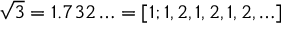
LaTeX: { \sqrt { 3 } } = 1 . 7 3 2 \ldots = [ 1 ; 1 , 2 , 1 , 2 , 1 , 2 , \ldots ]